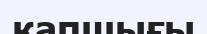
қапшығы